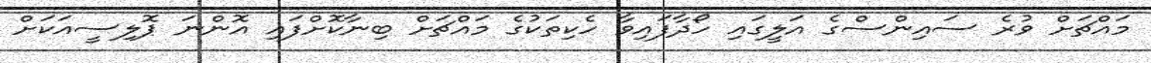
މައްޗަށް ވުރެ ސައިންސްގެ އަލީގައި ހޯދާފައިވާ ހެކިތަކުގެ މައްޗަށް ބިނާކޮށްފައި އޮންނަ ޕޮލިސީއަކަށް